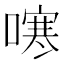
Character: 𭊻